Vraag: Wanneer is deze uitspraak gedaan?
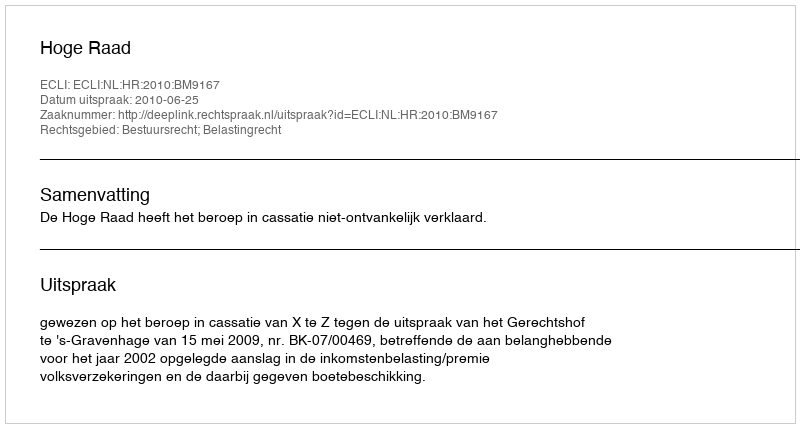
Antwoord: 2010-06-25